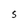
Character: S